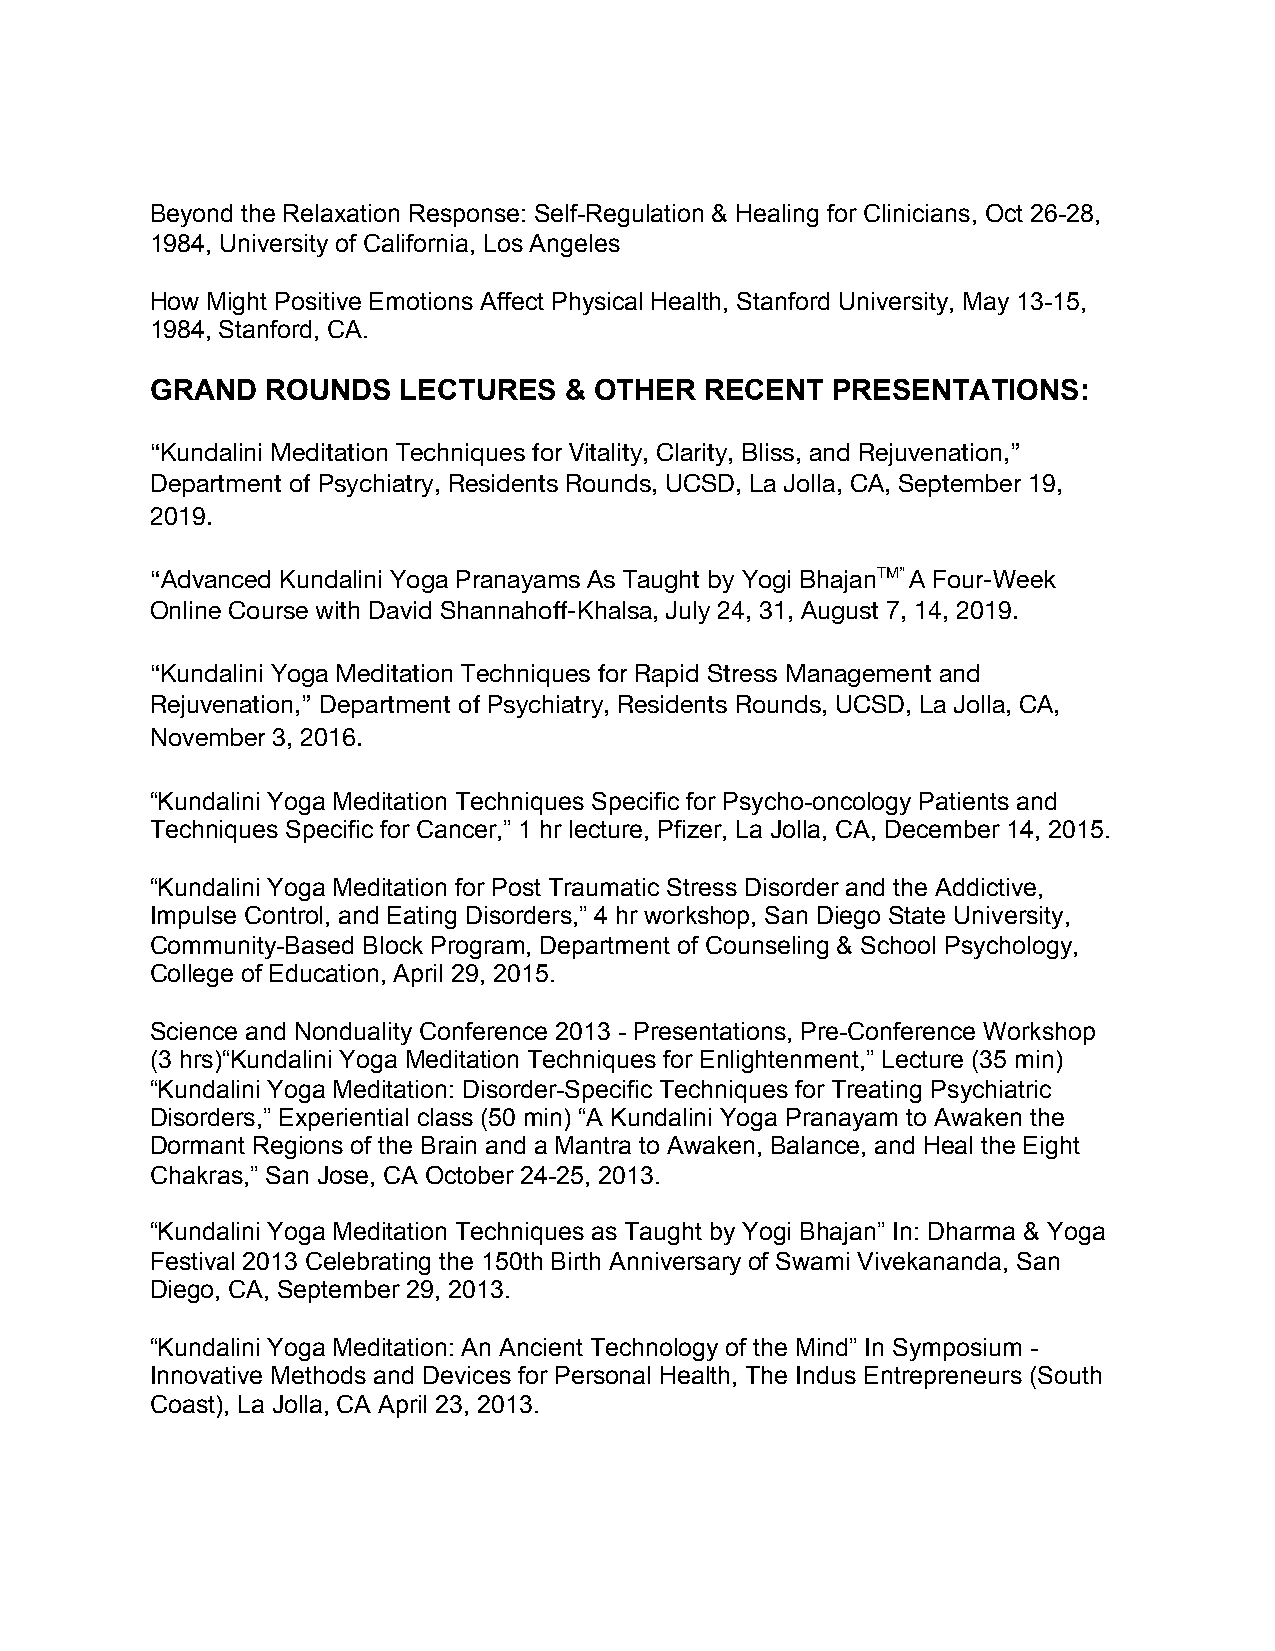
Beyond the Relaxation Response: Self-Regulation & Healing for Clinicians, Oct 26-28,
 1984, University of California, Los Angeles
 How Might Positive Emotions Affect Physical Health, Stanford University, May 13-15,
 1984, Stanford, CA.
 GRAND   ROUNDS  LECTURES   & OTHER   RECENT  PRESENTATIONS:
 “Kundalini Meditation Techniques for Vitality, Clarity, Bliss, and Rejuvenation,”
 Department of Psychiatry, Residents Rounds, UCSD, La Jolla, CA, September 19,
 2019.
 “Advanced Kundalini Yoga Pranayams As Taught by Yogi BhajanTM” ​A Four-Week
 ​
 Online Course with David Shannahoff-Khalsa, July 24, 31, August 7, 14, 2019.
 “Kundalini Yoga Meditation Techniques for Rapid Stress Management and
 Rejuvenation,” Department of Psychiatry, Residents Rounds, UCSD, La Jolla, CA,
 November 3, 2016.
 “Kundalini Yoga Meditation Techniques Specific for Psycho-oncology Patients and
 Techniques Specific for Cancer,” 1 hr lecture, Pfizer, La Jolla, CA, December 14, 2015.
 “Kundalini Yoga Meditation for Post Traumatic Stress Disorder and the Addictive,
 Impulse Control, and Eating Disorders,” 4 hr workshop, San Diego State University,
 Community-Based Block Program, Department of Counseling & School Psychology,
 College of Education, April 29, 2015.
 Science and Nonduality Conference 2013 - Presentations, Pre-Conference Workshop
 (3 hrs)“Kundalini Yoga Meditation Techniques for Enlightenment,” Lecture (35 min)
 “Kundalini Yoga Meditation: Disorder-Specific Techniques for Treating Psychiatric
 Disorders,” Experiential class (50 min) “A Kundalini Yoga Pranayam to Awaken the
 Dormant Regions of the Brain and a Mantra to Awaken, Balance, and Heal the Eight
 Chakras,” San Jose, CA October 24-25, 2013.
 “Kundalini Yoga Meditation Techniques as Taught by Yogi Bhajan” In: Dharma & Yoga
 Festival 2013 Celebrating the 150th Birth Anniversary of Swami Vivekananda, San
 Diego, CA, September 29, 2013.
 “Kundalini Yoga Meditation: An Ancient Technology of the Mind” In Symposium -
 Innovative Methods and Devices for Personal Health, The Indus Entrepreneurs (South
 Coast), La Jolla, CA April 23, 2013.